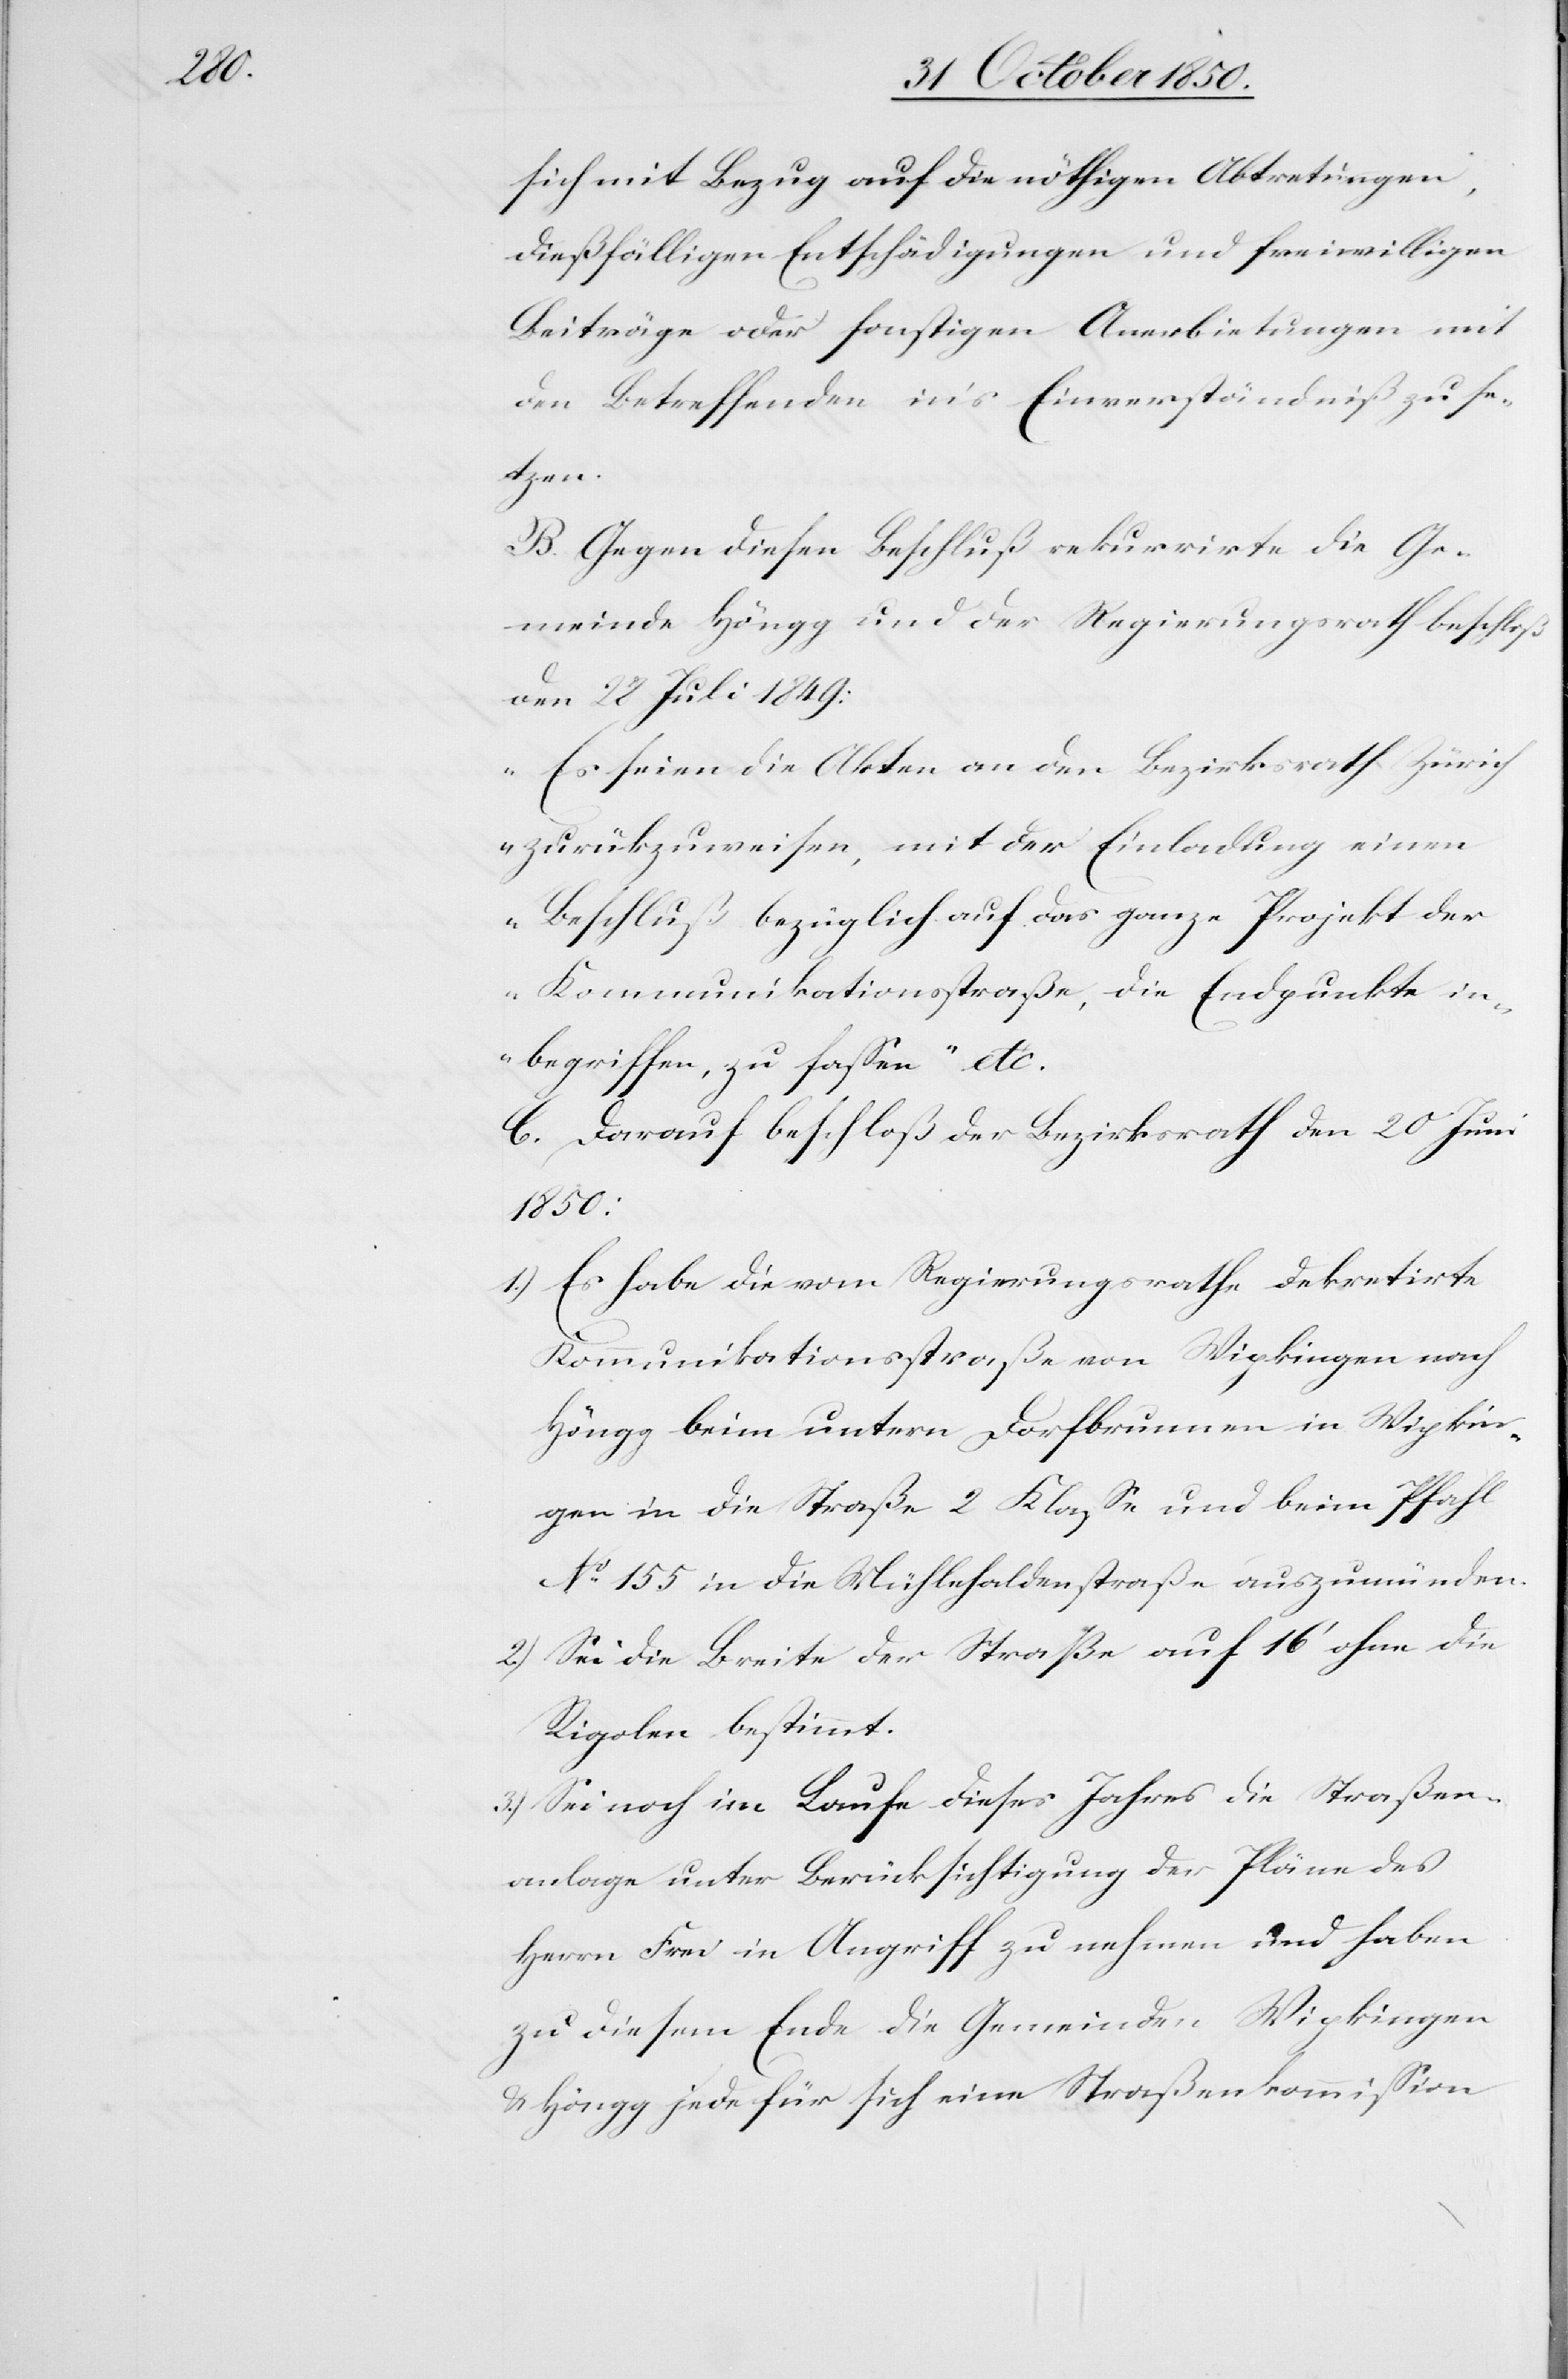
sich mit Bezug auf die nöthigen Abtretungen,
dießfälligen Entschädigungen und freiwilligen
Beiträge oder sonstigen Anerbietungen mit
den Betreffenden in’s Einverständniß zu se¬
tzen.
B. Gegen diesen Beschluß rekurrirte die Ge¬
meinde Höngg und der Regierungsrath beschloß
den 28 Juli 1849:
„Es seien die Akten an den Bezirksrath Zürich
zurückzuweisen, mit der Einladung einen
Beschluß bezüglich auf das ganze Projekt der
Kommunikationsstraße, die Endpunkte in¬
begriffen, zu fassen“ etc.
C. Darauf beschloß der Bezirksrath den 20 Juni
1850:
1) Es habe die vom Regierungsrathe dekretirte
Kommunikationsstraße von Wipkingen nach
Höngg beim untern Dorfbrunnen in Wipkin¬
gen in die Straße 2 Klasse und beim Pfahl
No 155 in die Mühlehaldenstraße auszumünden.
2.) Sei die Breite der Straße auf 16‘ ohne die
Rigolen bestimmt.
3.) Sei noch im Laufe dieses Jahres die Straßen¬
anlage unter Berücksichtigung der Pläne des
Herrn Frei in Angriff zu nehmen und haben
zu diesem Ende die Gemeinden Wipkingen
& Höngg jede für sich eine Straßenkommission